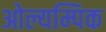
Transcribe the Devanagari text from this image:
ओल्यम्पिक